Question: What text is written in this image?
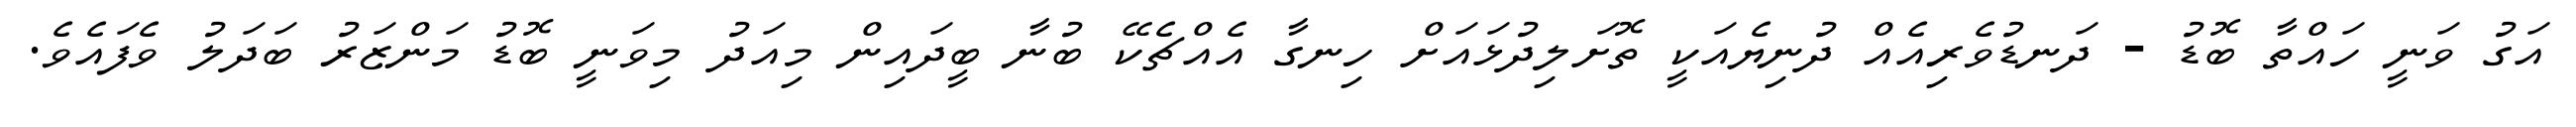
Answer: އަގު ވަނީ ހައްތާ ބޮޑު - ދަނޑުވެރިއެއް ދުނިޔެއަކީ ތޮށަލިދުޅައަށް ހިނގާ އެއްޗެކޭ ބުނާ ބީދައިން މިއަދު މިވަނީ ބޮޑު މަންޒަރު ބަދަލު ވެފައެވެ.